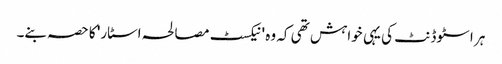
ہر اسٹوڈنٹ کی یہی خواہش تھی کہ وہ 'نیکسٹ مصالحہ اسٹار' کا حصہ بنے۔